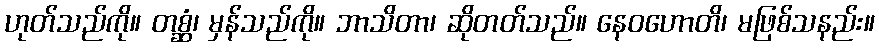
ဟုတ်သည်ကို။ တစ္ဆံ၊ မှန်သည်ကို။ ဘာသိတာ၊ ဆိုတတ်သည်။ နေဝဟောတိ၊ မဖြစ်သနည်း။